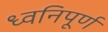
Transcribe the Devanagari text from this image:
ध्वनिपूर्ण